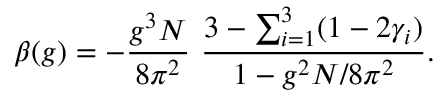
\beta ( g ) = - \frac { g ^ { 3 } N } { 8 \pi ^ { 2 } } ~ \frac { 3 - \sum _ { i = 1 } ^ { 3 } ( 1 - 2 \gamma _ { i } ) } { 1 - g ^ { 2 } N / 8 \pi ^ { 2 } } .